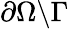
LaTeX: \partial\Omega\backslash\Gamma